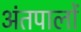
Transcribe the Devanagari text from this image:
अंतपालों